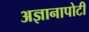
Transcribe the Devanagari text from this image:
अज्ञानापोटी